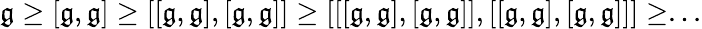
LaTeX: {\mathfrak{g}}\geq[{\mathfrak{g}},{\mathfrak{g}}]\geq[[{\mathfrak{g}},{\mathfrak{g}}],[{\mathfrak{g}},{\mathfrak{g}}]]\geq[[[{\mathfrak{g}},{\mathfrak{g}}],[{\mathfrak{g}},{\mathfrak{g}}]],[[{\mathfrak{g}},{\mathfrak{g}}],[{\mathfrak{g}},{\mathfrak{g}}]]]\geq...